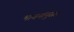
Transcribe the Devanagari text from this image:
भावनांनुसार